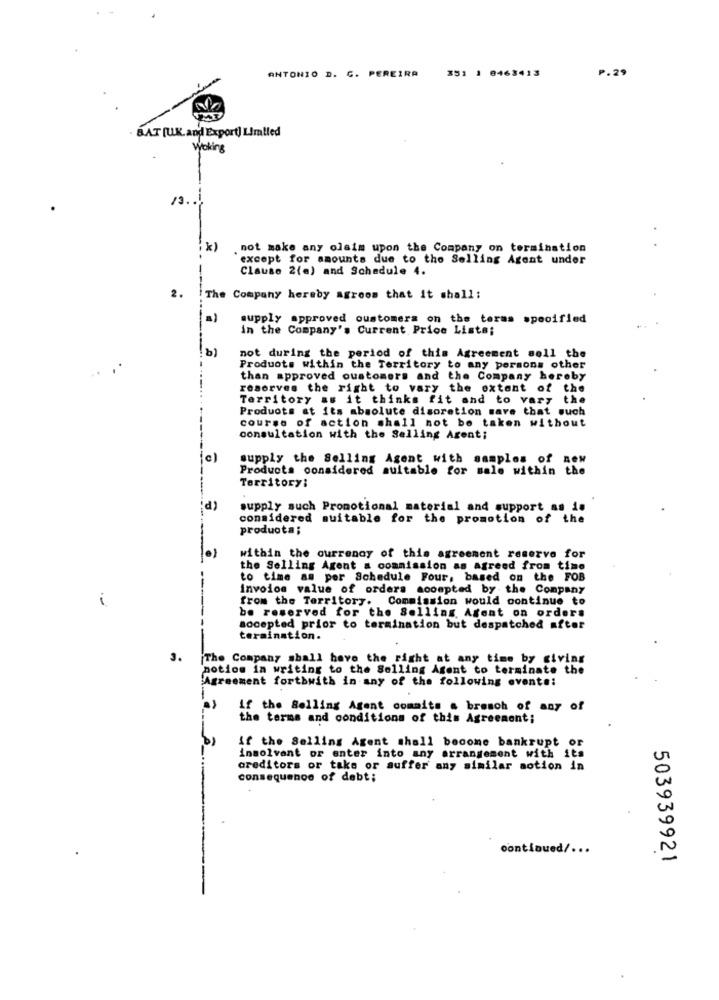
ANTONIO D. C. PEREIRA
P.29
351 1 8463413
BAT [U.K.and Export] Limited
Woking
k)
. not make any olaim upon the Company on termination
except for amounts due to the Selling Agent under
Clause 2(a) and Schedule 4.
2.
The Company hereby agroos that it shall;
supply approved customers on the terms specified
in the Company's Current Price Liste;
b)
not during the period of this Agreement soll the
Produots within the Territory to any persons other
than approved customers and the Company hereby
reserves the right to vary the extent of the
--...
Territory as it thinks fit and to vary the
Products at its absolute disoretion mare that such
course of action shall not be taken without
consultation with the Selling Agent;
supply the Selling Agent with samples of ne
Products considered suitable for sale within the
Territory:
d)
supply such Promotional material and support as in
considered suitable for the promotion of the
produota;
within the currency of this agreement reserve for
the Selling Agent a commission as Agreed from time
to time am por Schedule Four, based on the FOB
invoios value of orders accepted by the Company
i
from the Territory. Commission would continue to
be reserved for the Selling. Agent on orders
accepted prior to termination but despatched after
termination.
3.
The Company shall have the right at any time by giving
potiom in writing to the Selling Agent to terminate the
Agreement fortbwith in any of the following events:
if the Selling Agent commits a breach of any of
the terms and conditions of this Agreement;
if the Selling Agent shall become bankrupt or
insolvent or enter into any arrangement with its
creditors or take or suffer any similar aotion in
consequence of debt;
continued/ ...
503939921